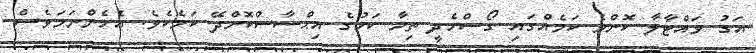
އަގު ވައްޓާލާ ކޮންމެ ކަމެއްގައި ގޯސްހެދީ ތިމާ ކަމުގެ އިޙްސާސްކޮށްދޭ ކަމެކެވެ. އެހެންނަމަވެސް